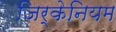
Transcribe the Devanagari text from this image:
जिर्केनियम